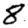
Digit: 8